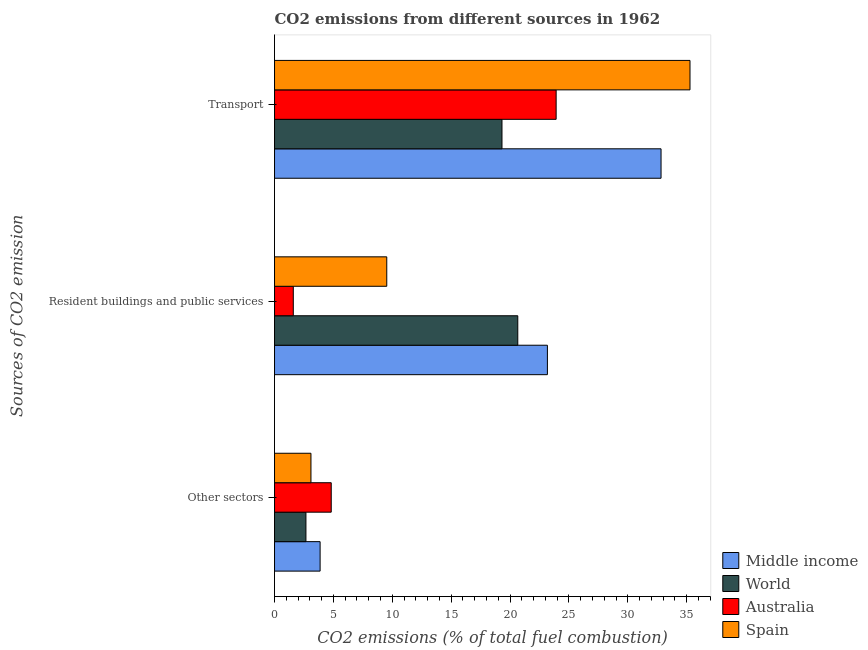
| Sources of CO2 emission | Middle income | World | Australia | Spain |
 | --- | --- | --- | --- | --- |
 | Other sectors | 3.87 | 2.67 | 4.82 | 3.09 |
 | Resident buildings and public services | 23.2 | 20.7 | 1.59 | 9.53 |
 | Transport | 32.8 | 19.3 | 23.9 | 35.3 |